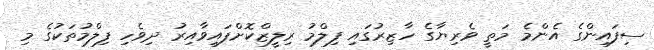
ސިފައިންގެ އެންމެ މަތީ ވެރިޔާގެ ހާޒިރުގައި ފިލްމު ރިލީޒްކޮށްފައިވާއިރު ދިވެހި ފިލްމުތަކުގެ މި